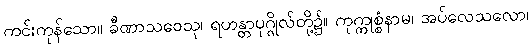
ကင်းကုန်သော။ ခီဏာသဝေသု၊ ရဟန္တာပုဂ္ဂိုလ်တို့၌။ ကုက္ကုစ္စံနာမ၊ အပ်လေသလော၊